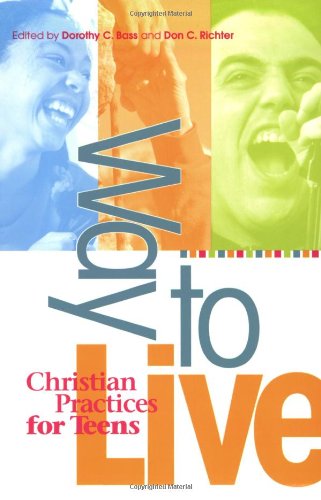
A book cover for Way to Live: Christian Practices for Teens; Dorothy Bass; Christian Books & Bibles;